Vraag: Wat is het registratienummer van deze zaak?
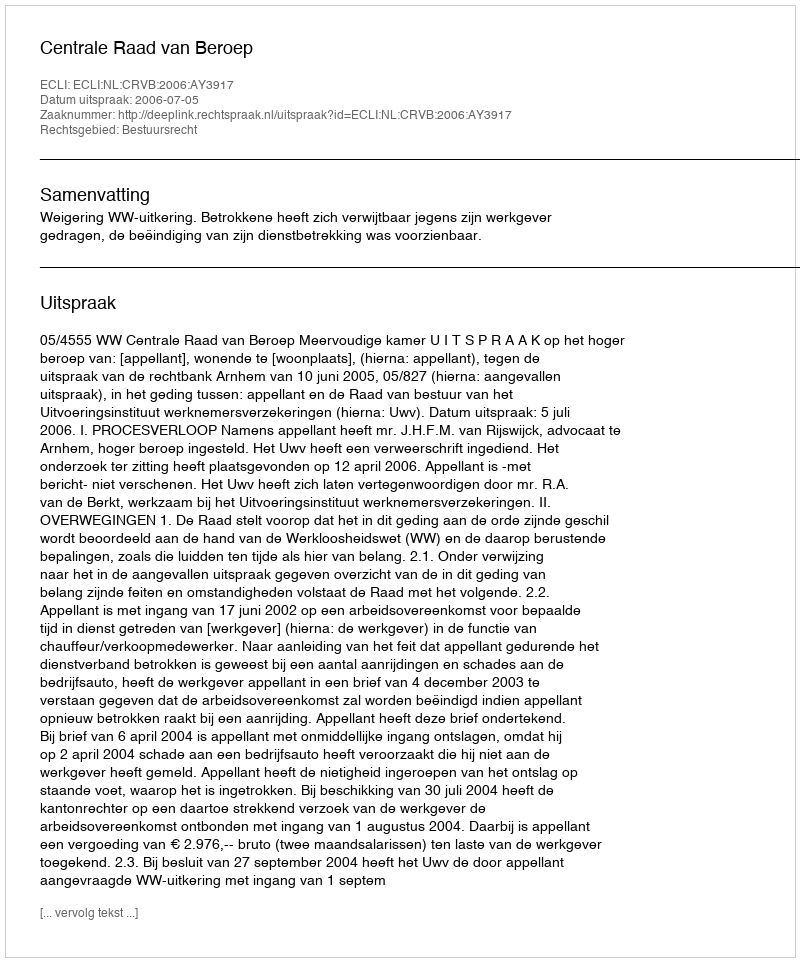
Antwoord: http://deeplink.rechtspraak.nl/uitspraak?id=ECLI:NL:CRVB:2006:AY3917